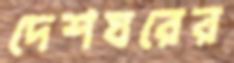
দেশঘরের